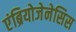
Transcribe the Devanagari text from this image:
एंब्रियोजेनेसिस